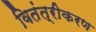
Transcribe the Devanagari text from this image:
वितंत्रीकरण